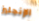
الإنجليز